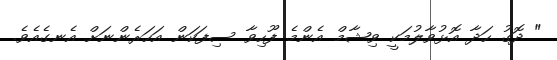
" ދޮގު ހަދާ އޮޅުވާލުމަކީ ވިޝާމް އެންމެ ފޫހިވާ ސިފަކަން އަހަރެންނަށް އެނގެއެވެ.